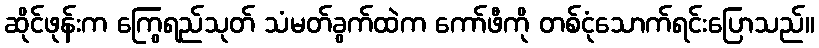
ဆိုင်ဖုန်းက ကြွေရည်သုတ် သံမတ်ခွက်ထဲက ကော်ဖီကို တစ်ငုံသောက်ရင်းပြောသည်။